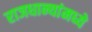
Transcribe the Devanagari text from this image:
राजधान्यांमध्ये